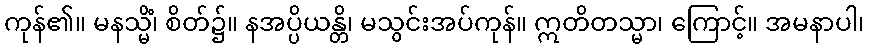
ကုန်၏။ မနသ္မိံ၊ စိတ်၌။ နအပ္ပိယန္တိ၊ မသွင်းအပ်ကုန်။ ဣတိတသ္မာ၊ ကြောင့်။ အမနာပါ၊